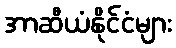
အာဆီယံနိုင်ငံများ